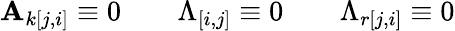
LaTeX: \mathbf{A}_{k[j,i]}\equiv0\qquad\Lambda_{[i,j]}\equiv0\qquad\Lambda_{r[j,i]}\equiv0